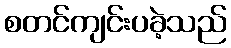
စတင်ကျင်းပခဲ့သည်